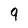
Character: 9